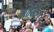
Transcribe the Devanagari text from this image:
मतेनरो